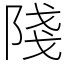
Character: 䧖